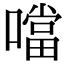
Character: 噹